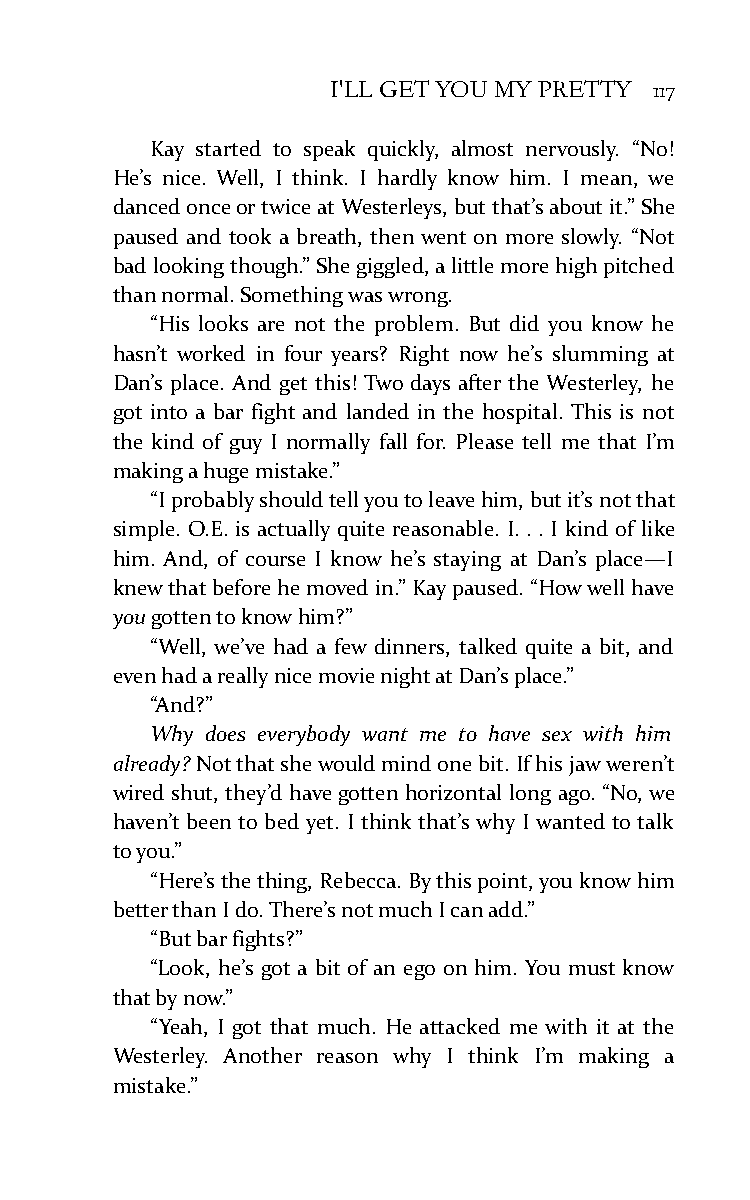
I'LL GET YOU MY PRETTY 117
 Kay started to speak quickly, almost nervously. “No!
 He’s nice. Well, I think. I hardly know him. I mean, we
 danced once or twice at Westerleys, but that’s about it.” She
 paused and took a breath, then went on more slowly. “Not
 bad looking though.” She giggled, a little more high pitched
 than normal. Something was wrong.
 “His looks are not the problem. But did you know he
 hasn’t worked in four years? Right now he’s slumming at
 Dan’s place. And get this! Two days after the Westerley, he
 got into a bar fight and landed in the hospital. This is not
 the kind of guy I normally fall for. Please tell me that I’m
 making a huge mistake.”
 “I probably should tell you to leave him, but it’s not that
 simple. O.E. is actually quite reasonable. I. . . I kind of like
 him. And, of course I know he’s staying at Dan’s place—I
 knew that before he moved in.” Kay paused. “How well have
 you gotten to know him?”
 “Well, we’ve had a few dinners, talked quite a bit, and
 even had a really nice movie night at Dan’s place.”
 “And?”
 Why does everybody want me to have sex with him
 already? Not that she would mind one bit. If his jaw weren’t
 wired shut, they’d have gotten horizontal long ago. “No, we
 haven’t been to bed yet. I think that’s why I wanted to talk
 to you.”
 “Here’s the thing, Rebecca. By this point, you know him
 better than I do. There’s not much I can add.”
 “But bar fights?”
 “Look, he’s got a bit of an ego on him. You must know
 that by now.”
 “Yeah, I got that much. He attacked me with it at the
 Westerley. Another reason why I think I’m making a
 mistake.”